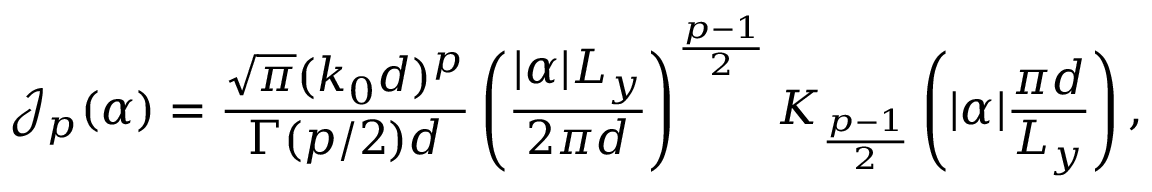
\mathcal { J } _ { p } ( \alpha ) = \frac { \sqrt { \pi } ( k _ { 0 } d ) ^ { p } } { \Gamma ( p / 2 ) d } \left( \frac { | \alpha | L _ { y } } { 2 \pi d } \right) ^ { \frac { p - 1 } { 2 } } K _ { \frac { p - 1 } { 2 } } \left( | \alpha | \frac { \pi d } { L _ { y } } \right) ,